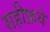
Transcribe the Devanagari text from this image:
सहीफ़ये